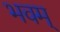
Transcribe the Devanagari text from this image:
भवम्